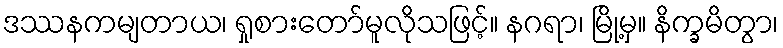
ဒဿနကမျတာယ၊ ရှုစားတော်မူလိုသဖြင့်။ နဂရာ၊ မြို့မှ။ နိက္ခမိတွာ၊